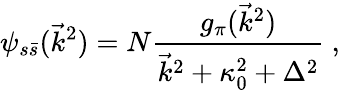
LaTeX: \psi_{s\bar{s}}(\vec{k}^{2})=N\frac{g_{\pi}(\vec{k}^{2})}{\vec{k}^{2}+\kappa_{0}^{2}+\Delta^{2}}\ ,